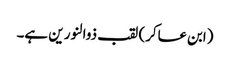
(ابن عساکر) لقب ذوالنور ین ہے۔